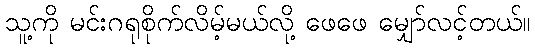
သူ့ကို မင်းဂရုစိုက်လိမ့်မယ်လို့ ဖေဖေ မျှော်လင့်တယ်။